Lunatic asylums Punjab 1868-1880 - 1868-1880
Year: 1868
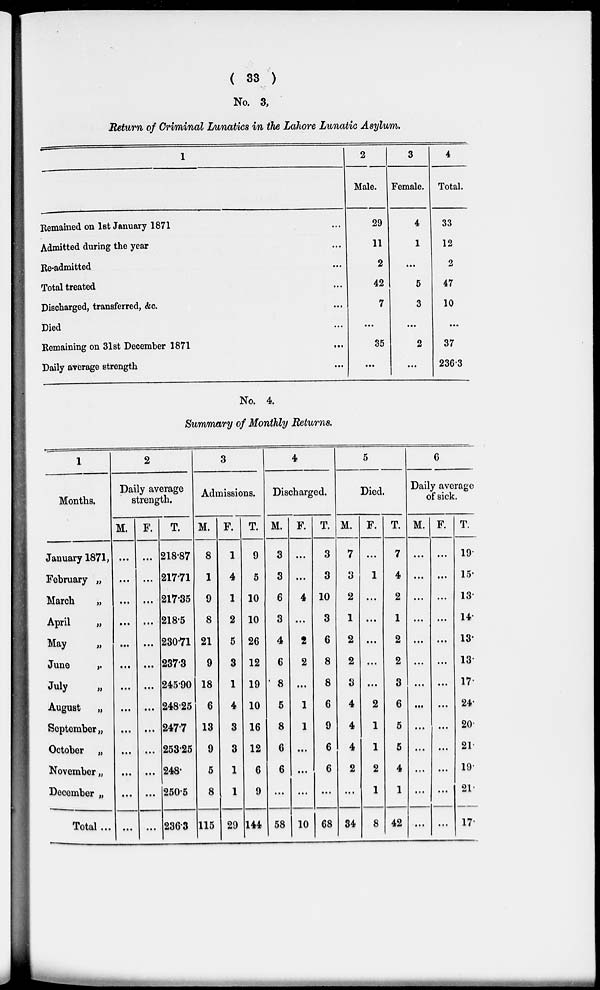
( 33 )
No. 3,
Return of Criminal Lunatics in the Lahore Lunatic Asylum.
1
Remained on 1st January 1871 ...
Admitted during the year ...
Re-admitted ...
Total treated ...
Discharged, transferred, &c. ...
Died ...
Remaining on 31st December 1871
...
Daily average strength...
2
Male.
29
11
2
42
7
...
35
...
3
Female.
4
1
...
5
3
...
2
...
4
Total.
33
12
2
47
10
...
37
236.3
No. 4.
Summary of Monthly Returns.
1
Months.
January 1871,
February „
March
„
April
„
May
„
June
„
July
„
August „
September „
October „
November „
December „
Total ...
2
Daily average
strength.
M.
...
...
...
...
...
...
...
...
...
...
...
...
...
F.
...
...
...
...
...
...
...
...
...
...
...
...
...
T.
218.87
217.71
217.35
218.5
230.71
237.3
245.90
248.25
247.7
253.25
248.
250.5
236.3
3
Admissions.
M.
8
1
9
8
21
9
18
6
13
9
5
8
115
F.
1
4
1
2
5
3
1
4
3
3
1
1
29
T.
9
5
10
10
26
12
19
10
16
12
6
9
144
4
Discharged.
M.
3
3
6
3
4
6
8
5
8
6
6
...
58
F.
...
...
4
...
2
2
...
1
1
...
...
...
10
T.
3
3
10
3
6
8
8
6
9
6
6
...
68
5
Died.
M.
7
3
2
1
2
2
3
4
4
4
2
...
34
F.
...
1
...
...
...
...
...
2
1
1
2
1
8
T.
7
4
2
1
2
2
3
6
5
5
4
1
42
6
Daily average
of sick.
M.
...
...
...
...
...
...
...
...
...
...
...
...
...
F.
...
...
...
...
...
...
...
...
...
...
...
...
...
T.
19.
15.
13.
14.
13.
13.
17.
24.
20.
21.
19.
21.
17.